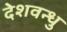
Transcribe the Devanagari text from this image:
देशवन्धु